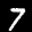
Label: 7